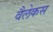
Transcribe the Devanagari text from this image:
वैलेकस